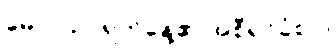
မေလ 20 ရက်နေ့၏ အစီရင်ခံစာ။